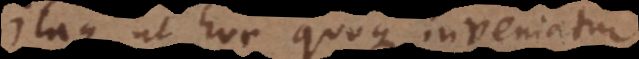
Itaque ut hoc quoque inveniatur